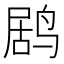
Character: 𱊌